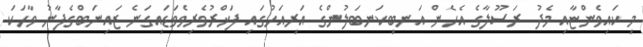
މި ކައިވެންޏާއި މެދު ރަސޫލާގެ އެހެން އަނބިކަނބަލުންގެ އަރިއަހުގައި ފަޚްރުވެރިވެވަޑައިގަނެ ޒައިނަބްގެފާނު ވާހަކަ